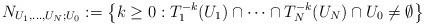
LaTeX: \begin{align*} N_{U_1,\dots, U_N; U_0}:=\big\{k\geq 0: T^{-k}_{1}(U_1)\cap \dots \cap T^{-k}_{N}(U_N) \cap U_0\neq\emptyset\big\} \end{align*}